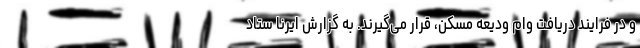
و در فرایند دریافت وام ودیعه مسکن، قرار می‌گیرند. به گزارش ایرنا ستاد